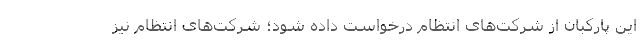
این پارکبان از شرکت‌های انتظام درخواست داده شود؛ شرکت‌های انتظام نیز